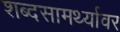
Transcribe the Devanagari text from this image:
शब्दसामर्थ्यावर